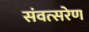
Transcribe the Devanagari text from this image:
संवत्सरेण